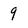
Character: 9